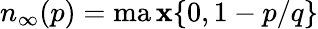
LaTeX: n_{\infty}(p)=\operatorname*{ma\mathbf{x}}\{ 0,1-p/q\}